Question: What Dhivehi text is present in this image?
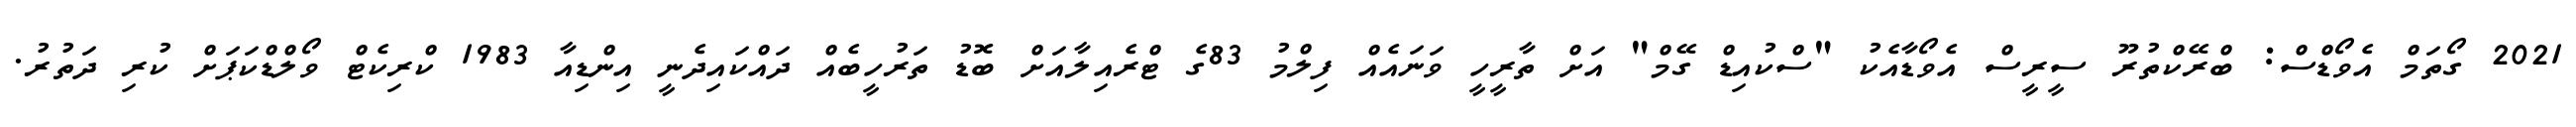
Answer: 2021 ގޯތަމް އެވޯޑްސް: ބްރޭކްތުރޫ ސީރީސް އެވޯޑާއެކު "ސްކުއިޑް ގޭމް" އަށް ތާރީހީ ވަނައެއް ފިލްމު 83ގެ ޓްރެއިލާއަށް ބޮޑު ތަރުހީބެއް ދައްކައިދެނީ އިންޑިއާ 1983 ކްރިކެޓް ވޯލްޑްކަޕަށް ކުރި ދަތުރު.